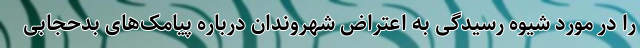
را در مورد شیوه رسیدگی به اعتراض شهروندان درباره پیامک‌های بدحجابی